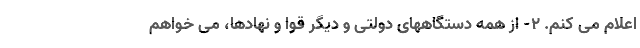
اعلام می کنم. 2- از همه دستگاههای دولتی و دیگر قوا و نهادها، می خواهم